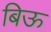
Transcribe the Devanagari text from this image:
बिऊ